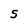
Character: 5